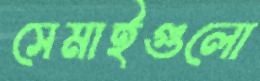
সেমাইগুলো